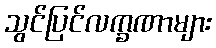
သွင်ပြင်လက္ခဏာများ